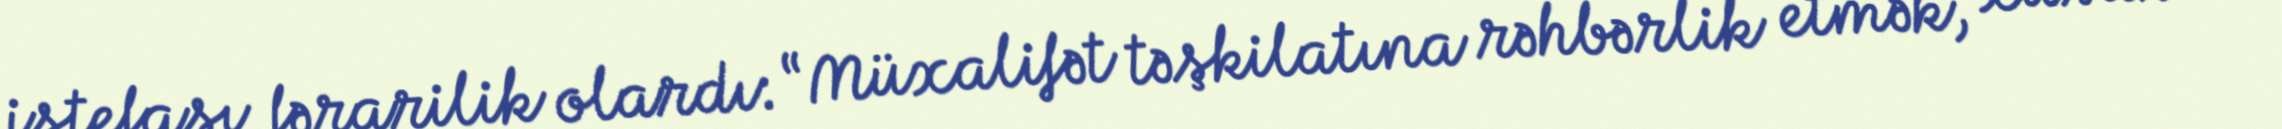
istefası fərarilik olardı: “Müxalifət təşkilatına rəhbərlik etmək, xüsusi